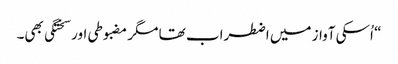
“ اُسکی آواز میں اضطراب تھا مگر مضبوطی اور سختگی بھی۔